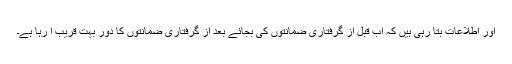
اور اطلاعات بتا رہی ہیں کہ اب قبل از گرفتاری ضمانتوں کی بجائے بعد از گرفتاری ضمانتوں کا دور بہت قریب آ رہا ہے۔